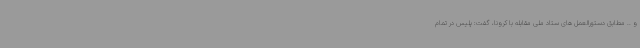
و .. مطابق دستورالعمل های ستاد ملی مقابله با کرونا، گفت: پلیس در تمام